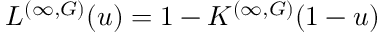
L ^ { ( \infty , G ) } ( u ) = 1 - K ^ { ( \infty , G ) } ( 1 - u )